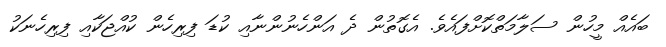
ބައެއް މީހުން ސަލާމަތްކޮށްފައެވެ. އެގޮތުން ދެ އަންހެނުންނާއި ކުޑަ ފިރިހެން ކުއްޖަކާއި ފިރިހެނަކު